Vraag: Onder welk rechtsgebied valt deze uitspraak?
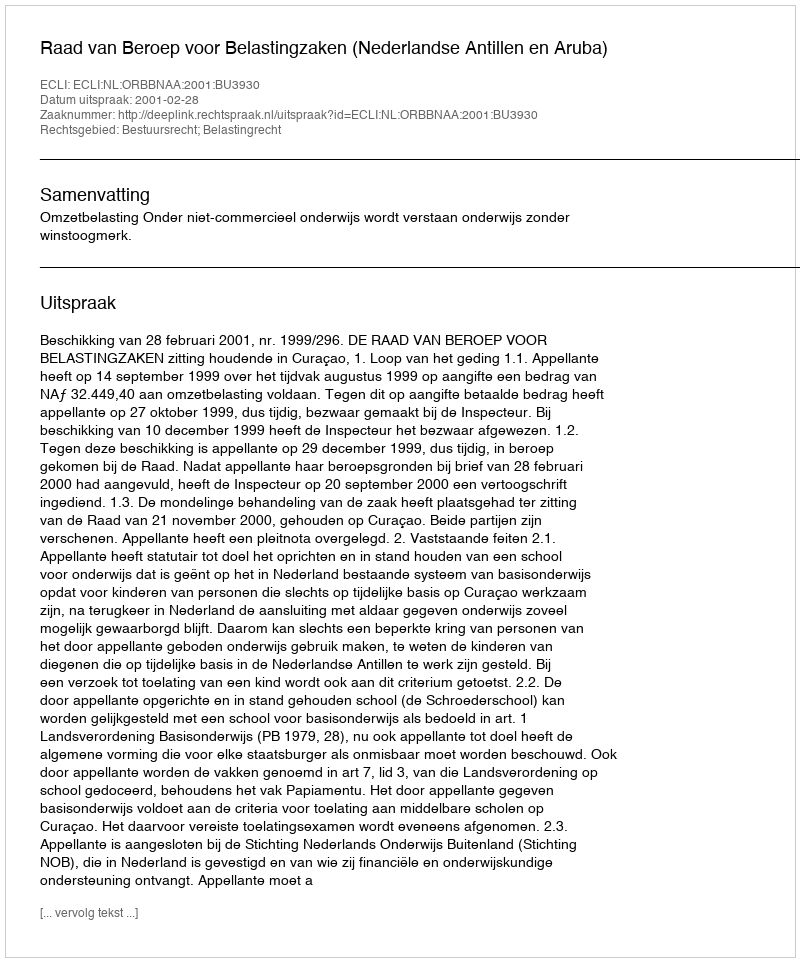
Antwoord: Bestuursrecht; Belastingrecht